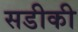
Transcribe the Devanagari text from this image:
सडीकी